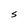
Character: S